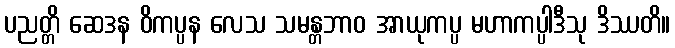
ပညတ္တိ ဆေဒန ဝိကပ္ပန လေသ သမန္တဘာဝ အာယုကပ္ပ မဟာကပ္ပါဒီသု ဒိဿတိ။